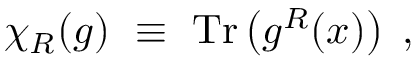
\chi _ { R } ( g ) ~ \equiv ~ \mathrm { T r } \left( g ^ { R } ( x ) \right) \; ,